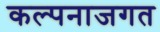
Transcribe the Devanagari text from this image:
कल्पनाजगत